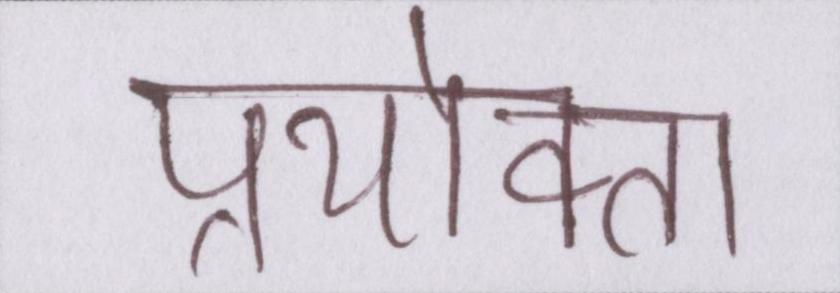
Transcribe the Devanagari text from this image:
प्रयोक्ता